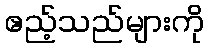
ဧည့်သည်များကို